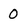
Character: 0